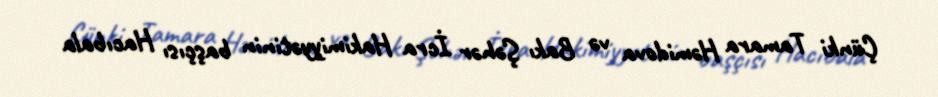
Çünki Tamara Həmidova və Bakı Şəhər İcra Hakimiyyətinin başçısı Hacıbala